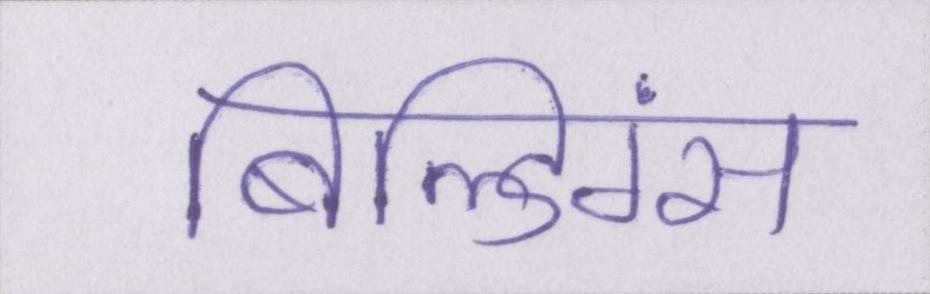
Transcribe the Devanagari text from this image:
बिल्डिंग्स